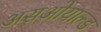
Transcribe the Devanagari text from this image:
असओयाल्ड